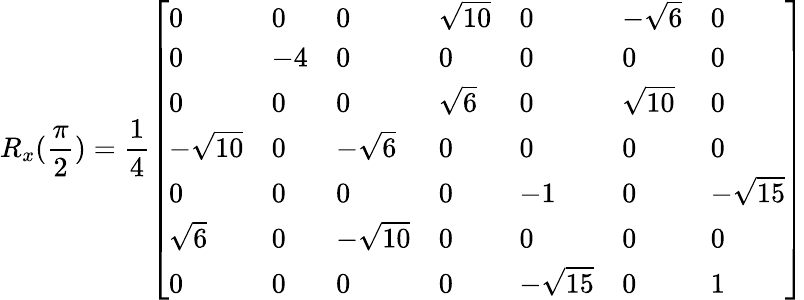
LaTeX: R_{x}(\frac{\pi}{2})=\frac{1}{4}\left[\begin{array}{lllllll}{0}&{0}&{0}&{\sqrt{10}}&{0}&{-\sqrt{6}}&{0}\\ {0}&{-4}&{0}&{0}&{0}&{0}&{0}\\ {0}&{0}&{0}&{\sqrt{6}}&{0}&{\sqrt{10}}&{0}\\ {-\sqrt{10}}&{0}&{-\sqrt{6}}&{0}&{0}&{0}&{0}\\ {0}&{0}&{0}&{0}&{-1}&{0}&{-\sqrt{15}}\\ {\sqrt{6}}&{0}&{-\sqrt{10}}&{0}&{0}&{0}&{0}\\ {0}&{0}&{0}&{0}&{-\sqrt{15}}&{0}&{1}\end{array}\right]